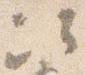
次